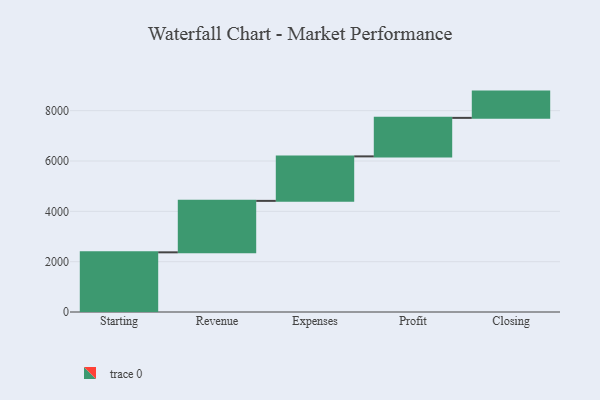
{"axis": {"x": "Step", "y": "Value"}, "legend": [""], "data": [{"x": "Starting", "y": 2371.0, "type": ""}, {"x": "Revenue", "y": 2045.0, "type": ""}, {"x": "Expenses", "y": 1768.0, "type": ""}, {"x": "Profit", "y": 1530.0, "type": ""}, {"x": "Closing", "y": 1044.0, "type": ""}]}